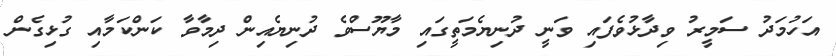
އަހުމަދު ސަމީރު ވިދާޅުވެފައި ވަނީ ދުނިޔެމަތީގައި މާޔޫސްވެ ދުނިޔެއިން ދިމާވާ ކަންކަމާއި ގުޅިގެން